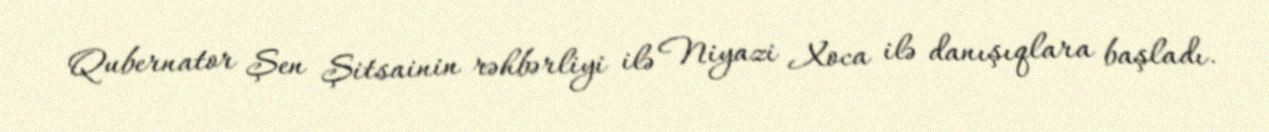
Qubernator Şen Şitsainin rəhbərliyi ilə Niyazi Xoca ilə danışıqlara başladı.